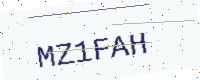
Text: MZ1FAH